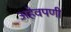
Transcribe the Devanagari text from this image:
अहेवपणी